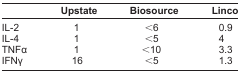
<table><thead><tr><td></td><td><b>Upstate</b></td><td><b>Biosource</b></td><td><b>Linco</b></td></tr></thead><tbody><tr><td>IL-2</td><td>1</td><td>&lt;6</td><td>0.9</td></tr><tr><td>IL-4</td><td>1</td><td>&lt;5</td><td>4</td></tr><tr><td>TNFα</td><td>1</td><td>&lt;10</td><td>3.3</td></tr><tr><td>IFNγ</td><td>16</td><td>&lt;5</td><td>1.3</td></tr></tbody></table>